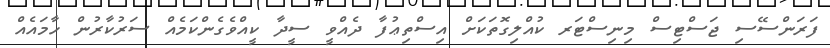
ފަރަންސޭސި ޖަސްޓިސް މިނިސްޓަރ ކުއްލިގޮތަކަށް އިސްތިޢުފާ ދެއްވީ ސީދާ ކީއްވެގެންކަމެއް ސަރުކާރުން ހާމައެއް